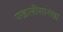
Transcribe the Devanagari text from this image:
पखालीसारखा